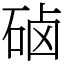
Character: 硵